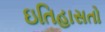
ઇતિહાસતો